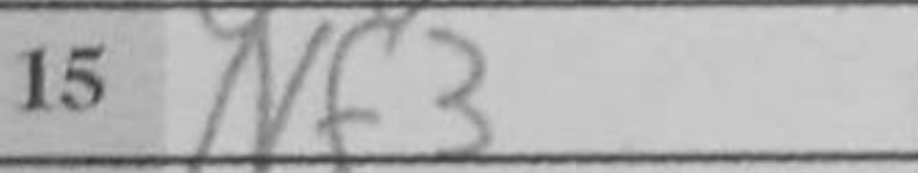
Transcription: Nf3